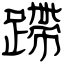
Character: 蹛